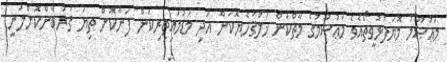
މަޢުޞޫމު މޮޔަފުޅުވީތޯއެވެ މަޢުޞޫމުގެ މާތްކަން ޚުލްޤުހެޔޮކަން އަދި މަޑުމައިތިރިކަން ފަނާކޮށް ތިޔަ ޤުރުބާންކޮށްލަނީ